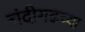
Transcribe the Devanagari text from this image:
चंदीगढच्या